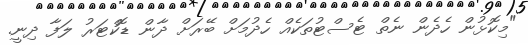
"މިކޮޅުން ހެދެން ނެތް ޓެސްޓުތަކެއް ހެދުމަށް ބޭރަށް ދާން ޑޮކްޓަރު ލަފާ ދިނީ.